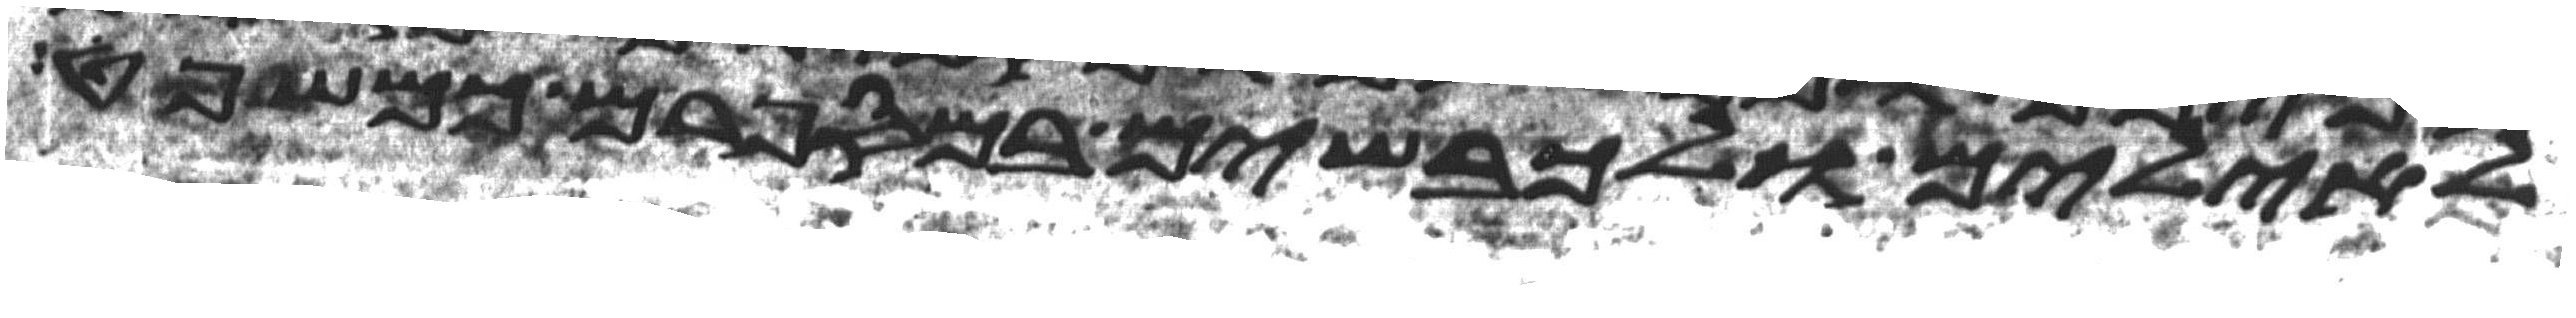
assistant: לאילים ולכבשים במספרם כמשפט